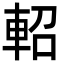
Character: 軺